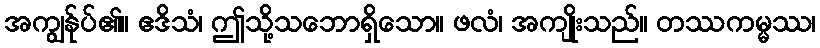
အကျွန်ုပ်၏။ ဧဒိသံ၊ ဤသို့သဘောရှိသော။ ဖလံ၊ အကျိုးသည်။ တဿကမ္မဿ၊